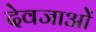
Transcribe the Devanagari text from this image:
देवजाओं